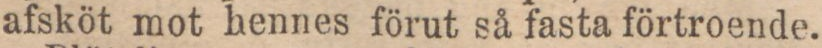
afsköt mot hennes förut så fasta förtroende.